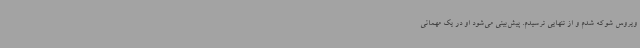
ویروس شوکه شدم و از تنهایی ترسیدم. پیش‌بینی می‌شود او در یک مهمانی